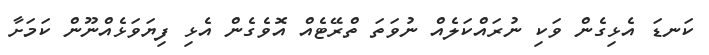
ކަނޑަ އެޅިގެން ވަކި ނުރައްކަލެއް ނުވަތަ ތްރޭޓެއް އޮވެގެން އެޅި ފިޔަވަޅެއްނޫން ކަމަށާ